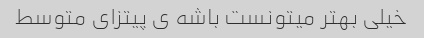
خیلی بهتر میتونست باشه ی پیتزای متوسط